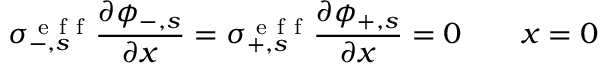
\sigma _ { - , s } ^ { \mathrm { ~ e ~ f ~ f ~ } } \frac { \partial \phi _ { - , s } } { \partial x } = \sigma _ { + , s } ^ { \mathrm { ~ e ~ f ~ f ~ } } \frac { \partial \phi _ { + , s } } { \partial x } = 0 \qquad x = 0